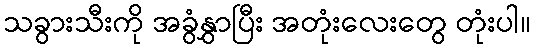
သခွားသီးကို အခွံနွှာပြီး အတုံးလေးတွေ တုံးပါ။